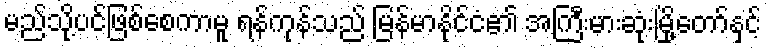
မည်သို့ပင်ဖြစ်စေကာမူ ရန်ကုန်သည် မြန်မာနိုင်ငံ၏ အကြီးမားဆုံးမြို့တော်နှင့်